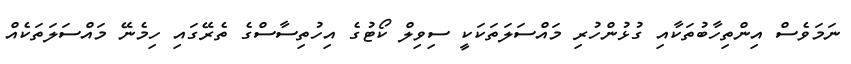
ނަމަވެސް އިންތިހާބުތަކާއި ގުޅުންހުރި މައްސަލަތަކަކީ ސިވިލް ކޯޓުގެ އިހުތިސާސްގެ ތެރޭގައި ހިމެނޭ މައްސަލަތަކެއް